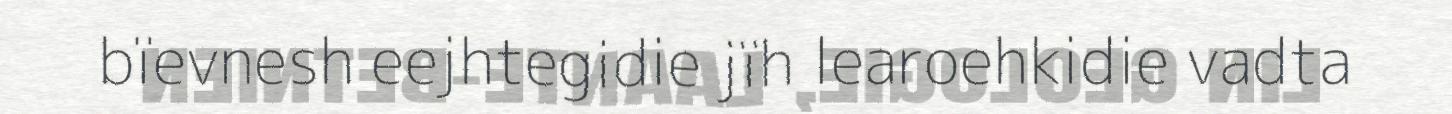
bïevnesh eejhtegidie jïh learoehkidie vadta